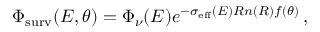
\Phi _ { \mathrm { s u r v } } ( E , \theta ) = \Phi _ { \nu } ( E ) e ^ { - \sigma _ { \mathrm { e f f } } ( E ) R n ( R ) f ( \theta ) } \: ,